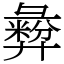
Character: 彜